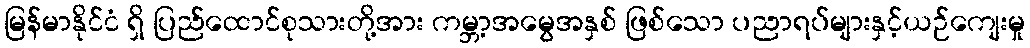
မြန်မာနိုင်ငံ ရှိ ပြည်ထောင်စုသားတို့အား ကမ္ဘာ့အမွေအနှစ် ဖြစ်သော ပညာရပ်များနှင့်ယဉ်ကျေးမှု